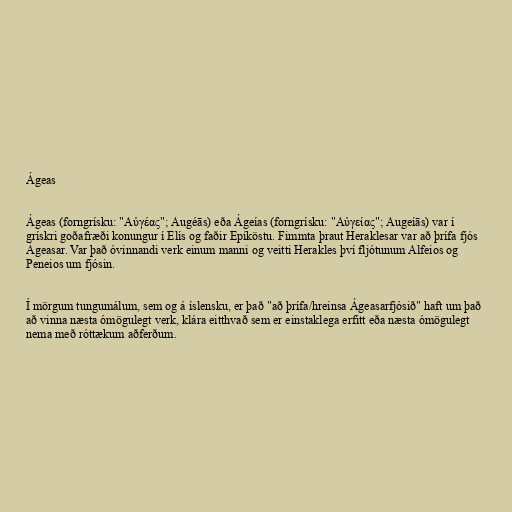
Ágeas

Ágeas (forngrísku: "Αὐγέας"; Augéās) eða Ágeías (forngrísku: "Αὐγείας"; Augeíās) var í
grískri goðafræði konungur í Elís og faðir Epíköstu. Fimmta þraut Heraklesar var að þrífa fjós
Ágeasar. Var það óvinnandi verk einum manni og veitti Herakles því fljótunum Alfeios og
Peneios um fjósin.

Í mörgum tungumálum, sem og á íslensku, er það "að þrífa/hreinsa Ágeasarfjósið" haft um það
að vinna næsta ómögulegt verk, klára eitthvað sem er einstaklega erfitt eða næsta ómögulegt
nema með róttækum aðferðum.